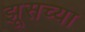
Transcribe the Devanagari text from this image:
झूसच्या